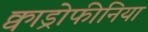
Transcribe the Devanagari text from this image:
क्वाड्रोफीनिया